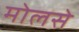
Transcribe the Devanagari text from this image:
मोलसे